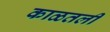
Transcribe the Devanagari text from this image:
काळतली